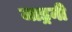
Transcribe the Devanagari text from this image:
जाड्रनी